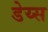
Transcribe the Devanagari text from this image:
डेय्स